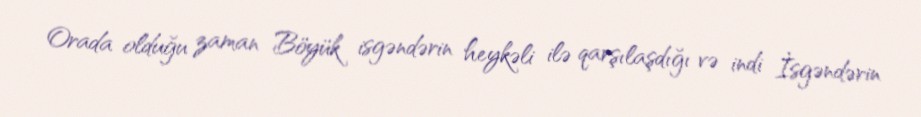
Orada olduğu zaman Böyük isgəndərin heykəli ilə qarşılaşdığı və indi İsgəndərin